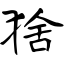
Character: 猞